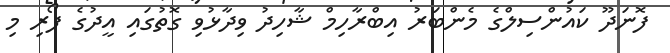
ފޮނަދޫ ކައުންސިލްގެ މެންބަރު އިބްރާހިމް ޝާހިދު ވިދާޅުވި ގޮތުގައި އީދުގެ ފޯރި މި